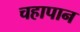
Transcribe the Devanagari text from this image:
चहापान